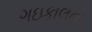
ગઇકાલના